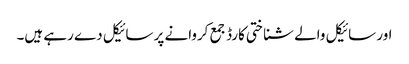
اور سائیکل والے شناختی کارڈ جمع کروانے پر سائیکل دے رہے ہیں۔